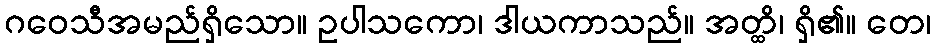
ဂဝေသီအမည်ရှိသော။ ဥပါသကော၊ ဒါယကာသည်။ အတ္ထိ၊ ရှိ၏။ တေ၊